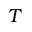
T